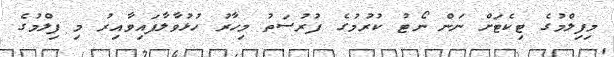
މިފިލްމުގެ ޓިކެޓަށް ނަން ނޯޓު ކުރުމުގެ ފުރުސަތު މިހާރު ހުޅުވާލާފައިވާއިރު މި ފިލްމުގެ